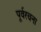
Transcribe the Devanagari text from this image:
पूर्वरचना